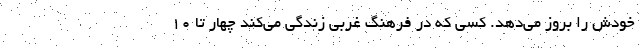
خودش را بروز می‌دهد. کسی که در فرهنگ غربی زندگی می‌کند چهار تا ۱۰